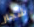
شجار